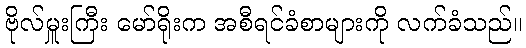
ဗိုလ်မှူးကြီး မော်ရိုးက အစီရင်ခံစာများကို လက်ခံသည်။